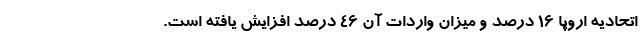
اتحادیه اروپا ۱۶ درصد و میزان واردات آن ۴۶ درصد افزایش یافته است.